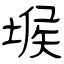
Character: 堠